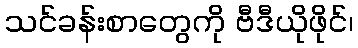
သင်ခန်းစာတွေကို ဗီဒီယိုဖိုင်၊